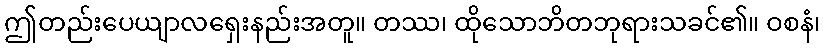
ဤတည်းပေယျာလရှေးနည်းအတူ။ တဿ၊ ထိုသောဘိတဘုရားသခင်၏။ ဝစနံ၊